Proceedings of the meeting of veterinary officers in India
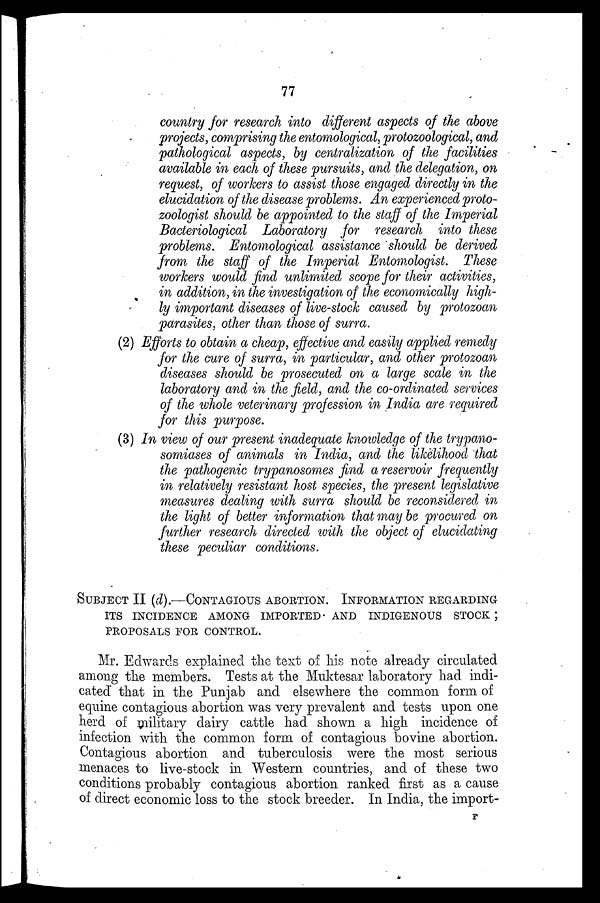
77
country for research into different aspects of the above
projects, comprising the entomological, protozoological, and
pathological aspects, by centralization of the facilities
available in each of these pursuits, and the delegation, on
request, of workers to assist those engaged directly in the
elucidation of the disease problems. An experienced proto-
zoologist should be appointed to the staff of the Imperial
Bacteriological Laboratory for research into these
problems. Entomological assistance should be derived
from the staff of the Imperial Entomologist. These
workers would find unlimited scope for their activities,
in addition, in the investigation of the economically high-
ly important diseases of live-stock caused by protozoan
parasites, other than those of surra.
(2) Efforts to obtain a cheap, effective and easily applied remedy
for the cure of surra, in particular, and other protozoan
diseases should be prosecuted on a large scale in the
laboratory and in the field, and the co-ordinated services
of the whole veterinary profession in India are required
for this purpose.
(3) In view of our present inadequate knowledge of the trypano-
somiases of animals in India, and the likelihood that
the pathogenic trypanosomes find a reservoir frequently
in relatively resistant host species, the present legislative
measures dealing with surra should be reconsidered in
the light of better information that may be procured on
further research directed with the object of elucidating
these peculiar conditions.
SUBJECT II (d).-CONTAGIOUS ABORTION. INFORMATION REGARDING
ITS INCIDENCE AMONG IMPORTED AND INDIGENOUS STOCK ;
PROPOSALS FOR CONTROL.
Mr. Edwards explained the text of his note already circulated
among the members. Tests at the Muktesar laboratory had indi-
cated that in the Punjab and elsewhere the common form of
equine contagious abortion was very prevalent and tests upon one
herd of military dairy cattle had shown a high incidence of
infection with the common form of contagious bovine abortion.
Contagious abortion and tuberculosis were the most serious
menaces to live-stock in Western countries, and of these two
conditions probably contagious abortion ranked first as a cause
of direct economic loss to the stock breeder. In India, the import-